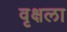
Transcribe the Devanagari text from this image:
वृक्षला